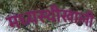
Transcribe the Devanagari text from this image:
मध्यस्थीखाली